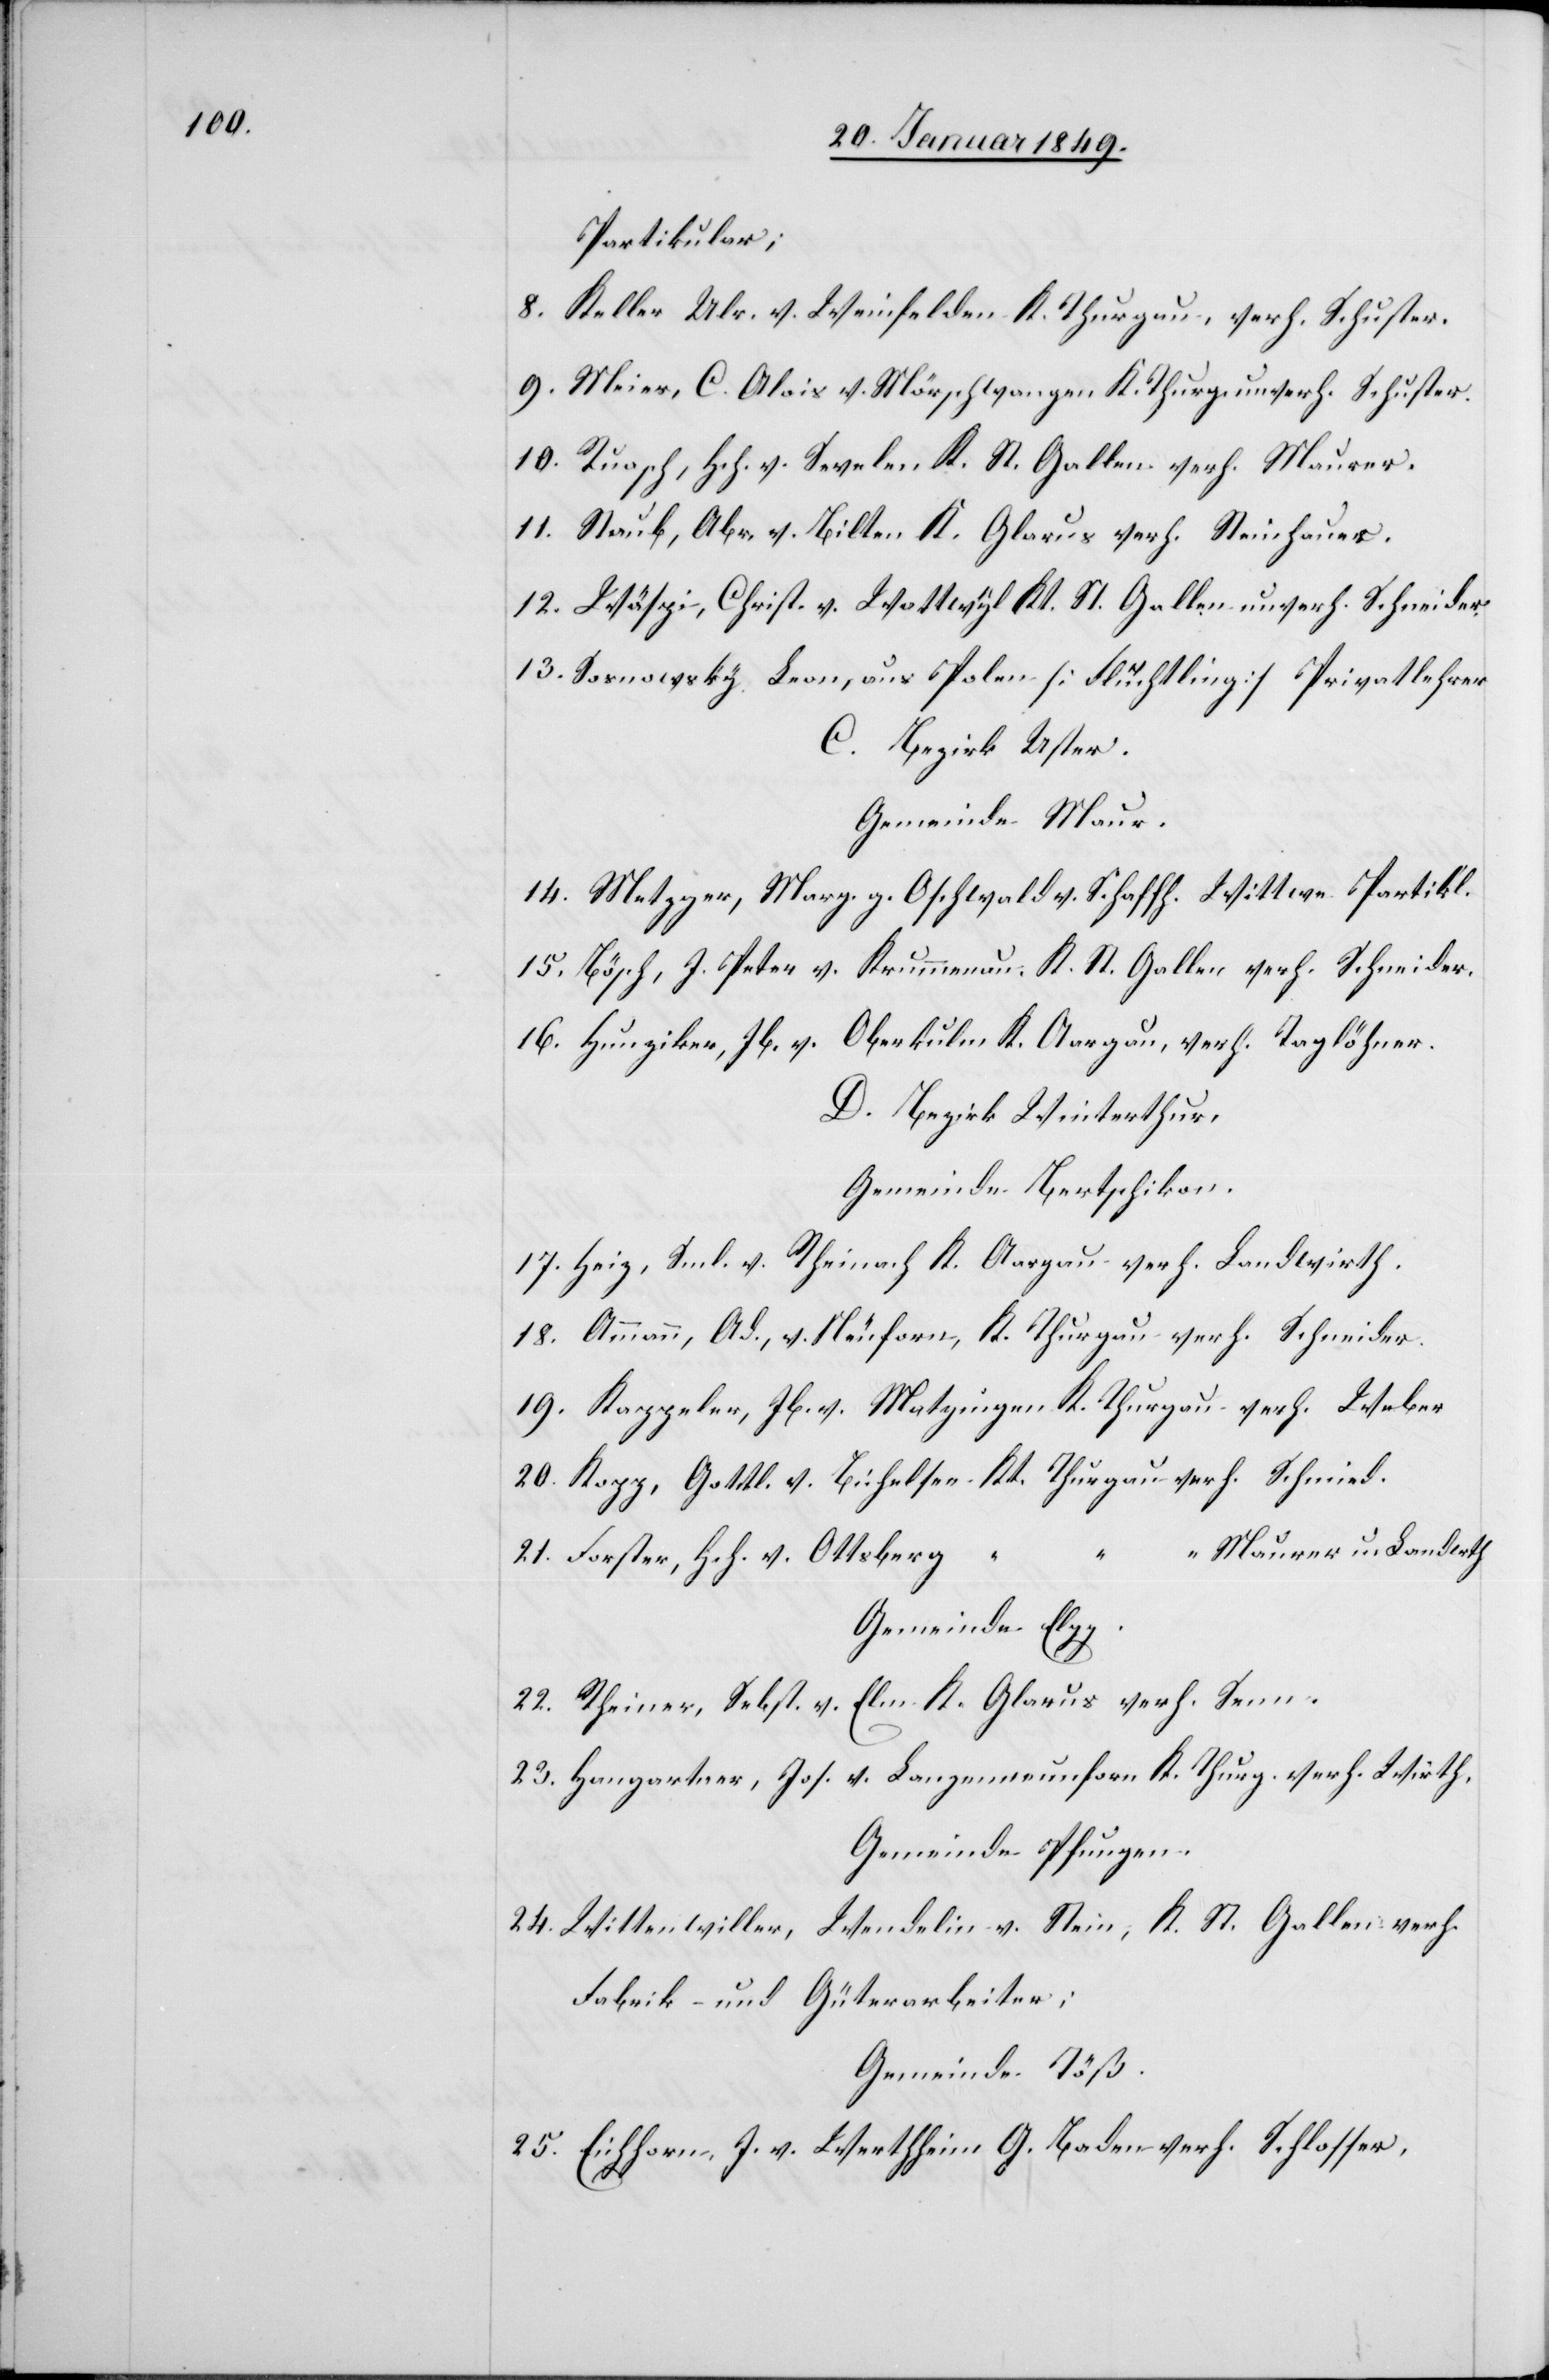
Partikular;
8. Keller Ulr. v. Weinfelden K. Thurgau, verh. Schuster.
9. Meier, C. Alois v. Mörschwangen K. Thurgau unverh. Schuster.
10. Ruosch, Hch. v. Sevelen K. St. Gallen verh. Maurer.
11. Staub, Abr. v. Bilten K. Glarus verh. Steinhauer.
12. Wäspi, Christ. v. Wattwyl Kt. St. Gallen unverh. Schneider.
13. Sosnowsky Leon, aus Polen [Flüchtling] Privatlehrer
C. Bezirk Uster.
Gemeinde Maur.
14. Metzger, Marg. g. Oschwald v. Schaffh. Wittwe Partikl.
15. Bösch, J. Peter v. Krummenau. K. St. Gallen verh. Schneider.
16. Hunziker, Jb. v. Oberkulm K. Aargau, verh. Taglöhner.
D. Bezirk Winterthur.
Gemeinde Bertschikon.
17. Heiz, Sml. v. Rheinach K. Aargau verh. Landwirth.
18. Ammann, Ad., v. Neuforn, K. Thurgau verh. Schneider.
19. Kappeler, Jb. v. Matzingen K. Thurgau verh. Weber
20. Kopp, Gottl. v. Bichelsee Kt. Thurgau verh. Schmied.
“ “ Maurer u. Landwth
21. Forster, Hch. v. Ottsberg “
Gemeinde Elgg.
22. Rheiner, Sebst. v. Elm K. Glarus verh. Senn.
23. Hangartner, Jos. v. Langenneunforn K. Thurg. verh. Wirth.
Gemeinde Pfungen.
24. Wittenwiller, Wendelin v. Stein, K. St. Gallen verh.
Fabrik- und Güterarbeiter;
Gemeinde Töß.
25. Eichhorn, J. v. Werthheim G. Baden verh. Schlosser,